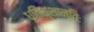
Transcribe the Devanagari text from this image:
धृतिश्शान्तिः